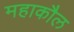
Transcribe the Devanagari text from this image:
महाकौल